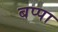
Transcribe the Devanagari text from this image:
बप्‍पा